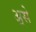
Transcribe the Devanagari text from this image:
अ्रसे